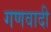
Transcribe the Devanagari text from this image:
गणवादी